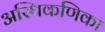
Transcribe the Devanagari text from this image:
अस्थिकणिका